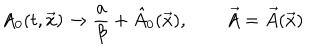
A _ { 0 } ( t , \vec { x } ) \rightarrow { \frac { a } { \beta } } + \hat { A } _ { 0 } ( \vec { x } ) , \qquad \vec { A } = \vec { A } ( \vec { x } )